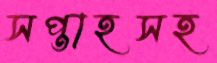
সপ্তাহসহ